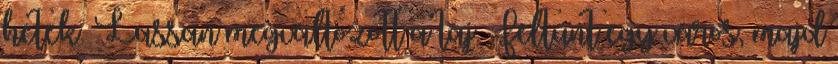
hetek. Lassan megváltozott a táj. Feltűnt egy város, majd